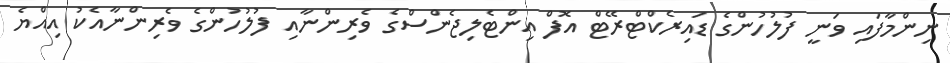
ނިންމާފައި ވަނީ ފުލުހުންގެ ޑައިރެކްޓްރޭޓް އޮފް އިންޓެލިޖެންސްގެ ވެރިންނާއި ފުލުހުންގެ ވެރިންނާއެކު އިއްޔެ